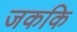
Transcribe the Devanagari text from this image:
जककि